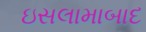
ઇસલામાબાદ